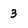
Character: 3